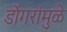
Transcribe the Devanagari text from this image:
डोंगरांमुळे